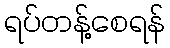
ရပ်တန့်စေရန်